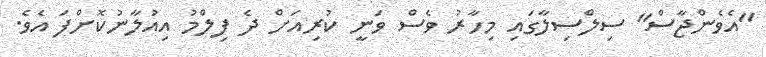
"އެވެންޖާސް" ސިލްސިލާގައި މިހާރު ވެސް ވަނީ ކުރިއަށް ދެ ފިލްމު އިއުލާނުކޮށްފަ އެވެ.